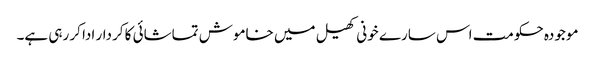
موجودہ حکومت اس سارے خونی کھیل میں خاموش تماشائی کا کردار ادا کر رہی ہے۔